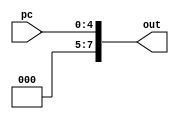
`timescale 1ns/1ns 
module zeroExtend(input [4:0] pc,output [7:0] out);
  assign out = {3'b0,pc};
endmodule